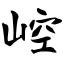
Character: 崆